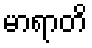
မာရာတိ